Indian journal of veterinary science and animal husbandry - Volume 2,
Year: 1932
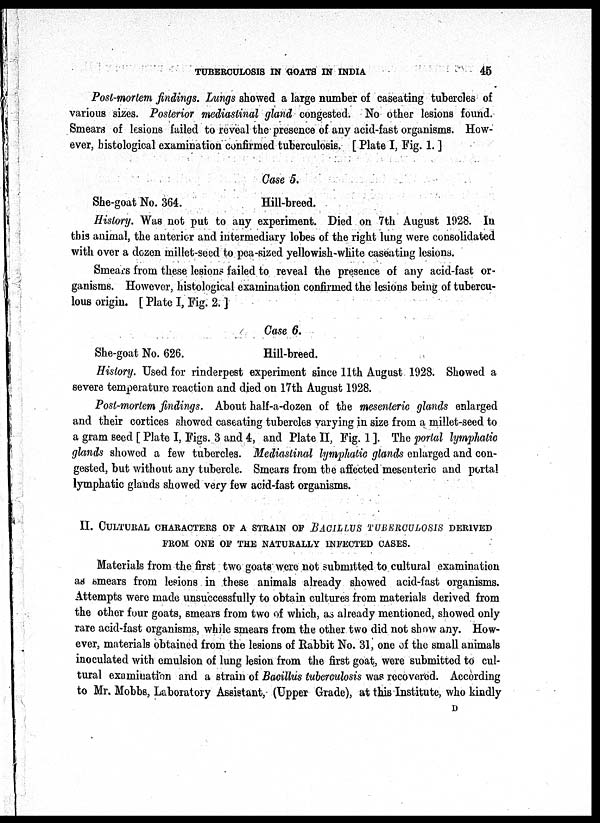
TUBERCULOSIS IN GOATS IN INDIA
45
Post-mortem findings. Lungs showed a large number of caseating tubercles of
various sizes. Posterior mediastinal gland congested. No other lesions found.
Smears of lesions failed to reveal the presence of any acid-fast organisms. How-
ever, histological examination confirmed tuberculosis. [ Plate I, Fig. 1. ]
Case 5.
She-goat No. 364.
Hill-breed.
History. Was not put to any experiment. Died on 7th August 1928. In
this animal, the anterior and intermediary lobes of the right lung were consolidated
with over a dozen millet-seed to pea-sized yellowish-white caseating lesions.
Smears from these lesions failed to reveal the presence of any acid-fast or-
ganisms. However, histological examination confirmed the lesions being of tubercu-
lous origin. [ Plate I, Fig. 2. ]
Case 6.
She-goat No. 626.
Hill-breed.
History. Used for rinderpest experiment since 11th August 1928. Showed a
severe temperature reaction and died on 17th August 1928.
Post-mortem findings. About half-a-dozen of the mesenteric glands enlarged
and their cortices showed caseating tubercles varying in size from a millet-seed to
a gram seed [ Plate I, Figs. 3 and 4, and Plate II, Fig. 1 ]. The portal lymphatic
glands showed a few tubercles. Mediastinal lymphatic glands enlarged and con-
gested, but without any tubercle. Smears from the affected mesenteric and portal
lymphatic glands showed very few acid-fast organisms.
II. CULTURAL CHARACTERS OF A STRAIN OF BACILLUS TUBERCULOSIS DERIVED
FROM ONE OF THE NATURALLY INFECTED CASES.
Materials from the first two goats were not submitted to cultural examination
as smears from lesions in these animals already showed acid-fast organisms.
Attempts were made unsuccessfully to obtain cultures from materials derived from
the other four goats, smears from two of which, as already mentioned, showed only
rare acid-fast organisms, while smears from the other two did not show any. How-
ever, materials obtained from the lesions of Rabbit No. 31, one of the small animals
inoculated with emulsion of lung lesion from the first goat, were submitted to cul-
tural examination and a strain of Bacillus tuberculosis was recovered. According
to Mr. Mobbs, Laboratory Assistant, (Upper Grade), at this Institute, who kindly
D